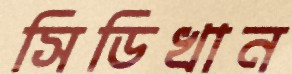
সিডিখান